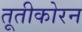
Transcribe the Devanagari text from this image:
तूतीकोरन